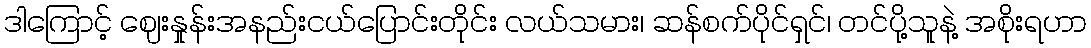
ဒါကြောင့် ဈေးနှုန်းအနည်းငယ်ပြောင်းတိုင်း လယ်သမား၊ ဆန်စက်ပိုင်ရှင်၊ တင်ပို့သူနဲ့ အစိုးရဟာ